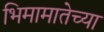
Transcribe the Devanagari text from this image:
भिमामातेच्या